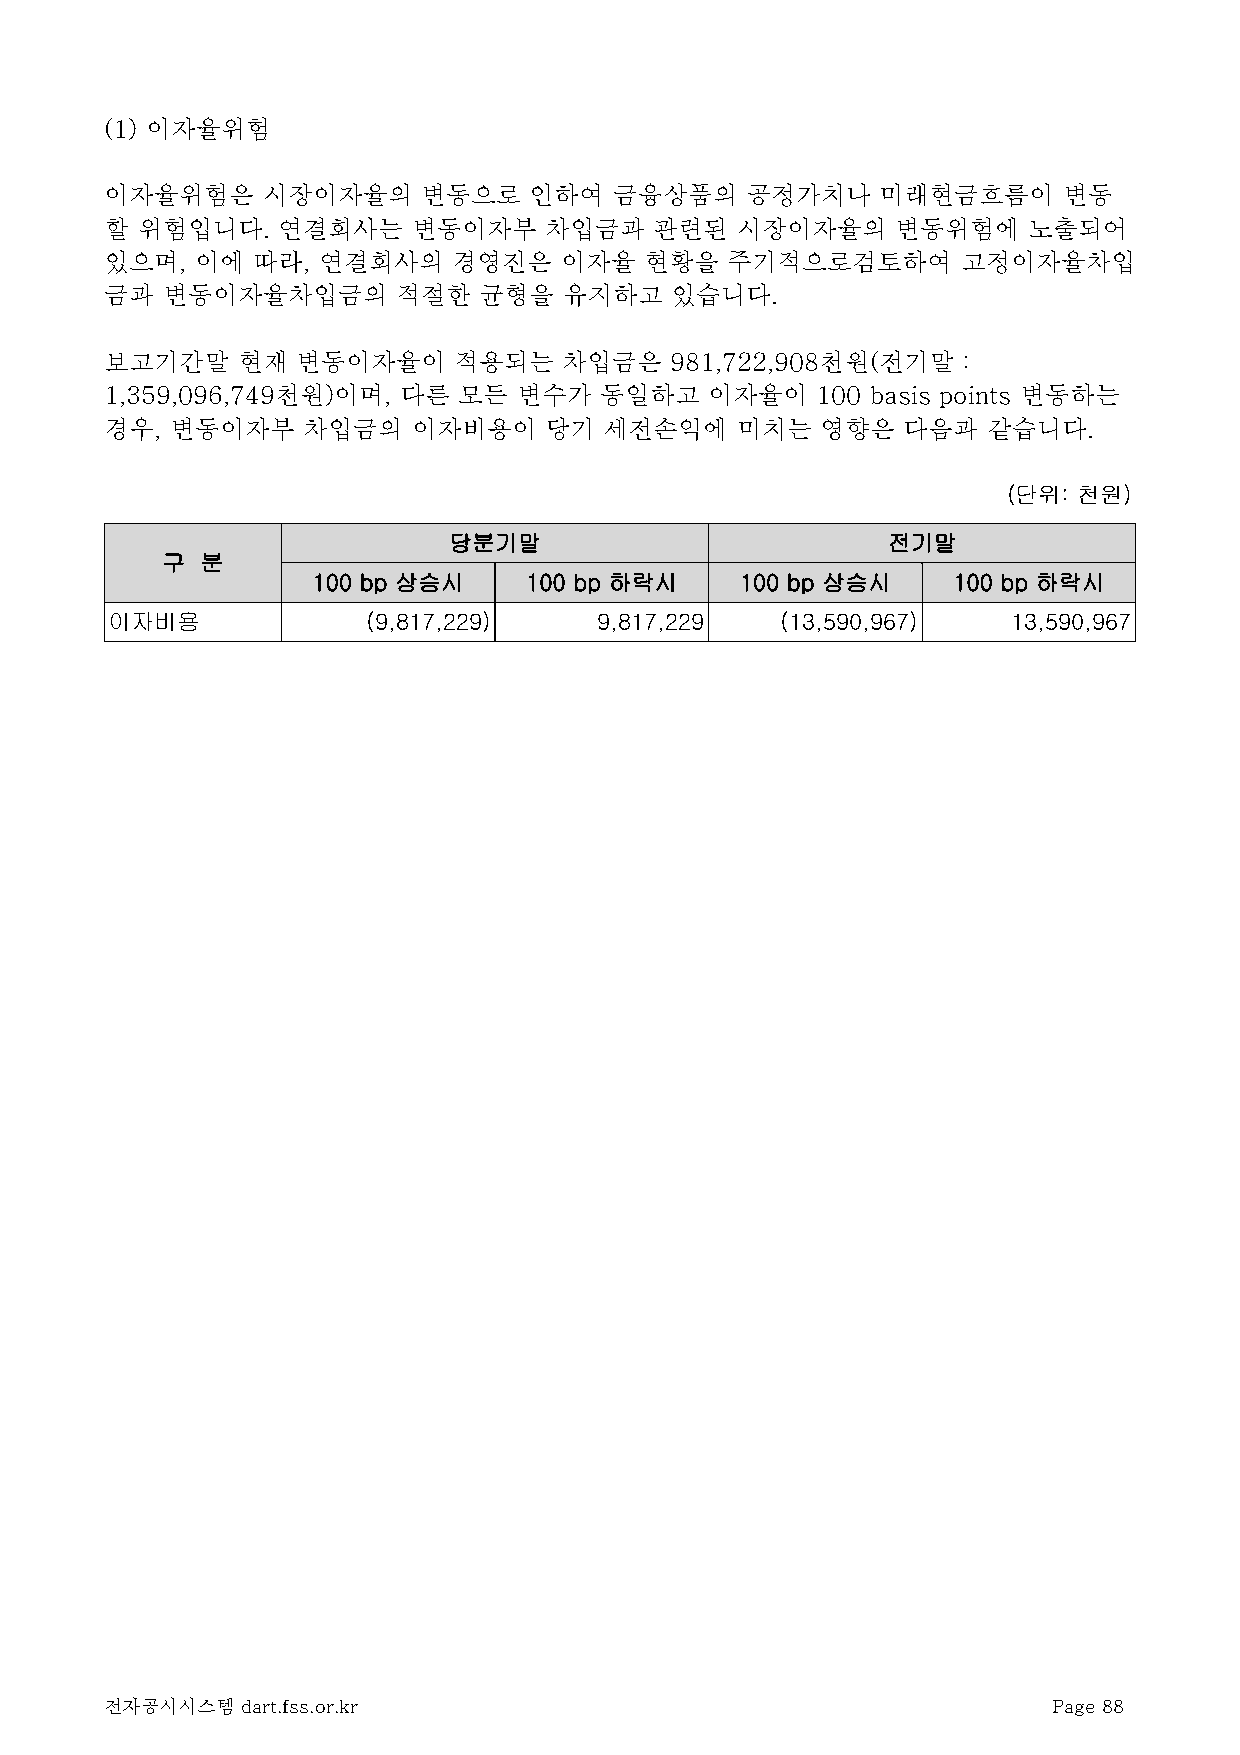
(1) 이자율위험
 이자율위험은    시장이자율의     변동으로   인하여   금융상품의   공정가치나    미래현금흐름이     변동
 할 위험입니다.   연결회사는    변동이자부    차입금과   관련된   시장이자율의    변동위험에    노출되어
 있으며,  이에  따라, 연결회사의    경영진은   이자율   현황을  주기적으로검토하여       고정이자율차입
 금과  변동이자율차입금의      적절한   균형을  유지하고   있습니다.
 보고기간말    현재  변동이자율이    적용되는   차입금은   981,722,908천원(전기말   :
 1,359,096,749천원)이며, 다른 모든  변수가   동일하고   이자율이   100 basis points 변동하는
 경우, 변동이자부    차입금의   이자비용이    당기  세전손익에    미치는  영향은   다음과  같습니다.
 (단위: 천원)
 당분기말                         전기말
 구 분
 100 bp 상승시    100 bp 하락시    100 bp 상승시    100 bp 하락시
 이자비용             (9,817,229)     9,817,229   (13,590,967)   13,590,967
 전자공시시스템  dart.fss.or.kr                                        Page 88